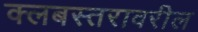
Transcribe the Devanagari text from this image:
क्लबस्तरावरील